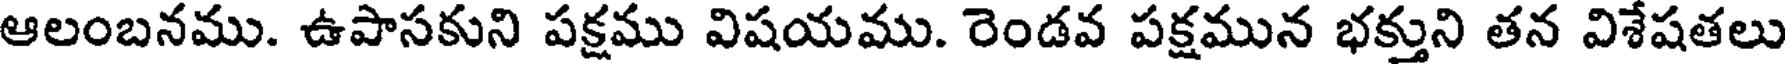
ఆలంబనము. ఉపాసకుని పక్షము విషయము. రెండవ పక్షమున భక్తుని తన విశేషతలు